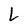
Character: L